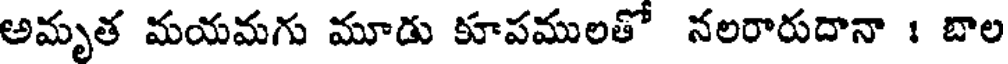
అమృత మయమగు మూడు కూపములతో నలరారుదానా ః బాల